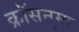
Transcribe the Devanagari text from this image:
क्रॉसनुमा